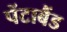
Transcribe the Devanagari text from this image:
पेंटाबैंड